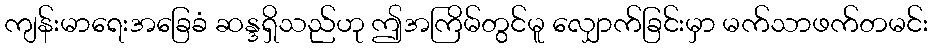
ကျန်းမာရေးအခြေခံ ဆန္ဒရှိသည်ဟု ဤအကြိမ်တွင်မူ လျှောက်ခြင်းမှာ မက်သာဖက်တမင်း